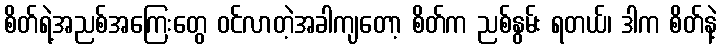
စိတ်ရဲ့အညစ်အကြေးတွေ ဝင်လာတဲ့အခါကျတော့ စိတ်က ညစ်နွမ်း ရတယ်၊ ဒါက စိတ်နဲ့